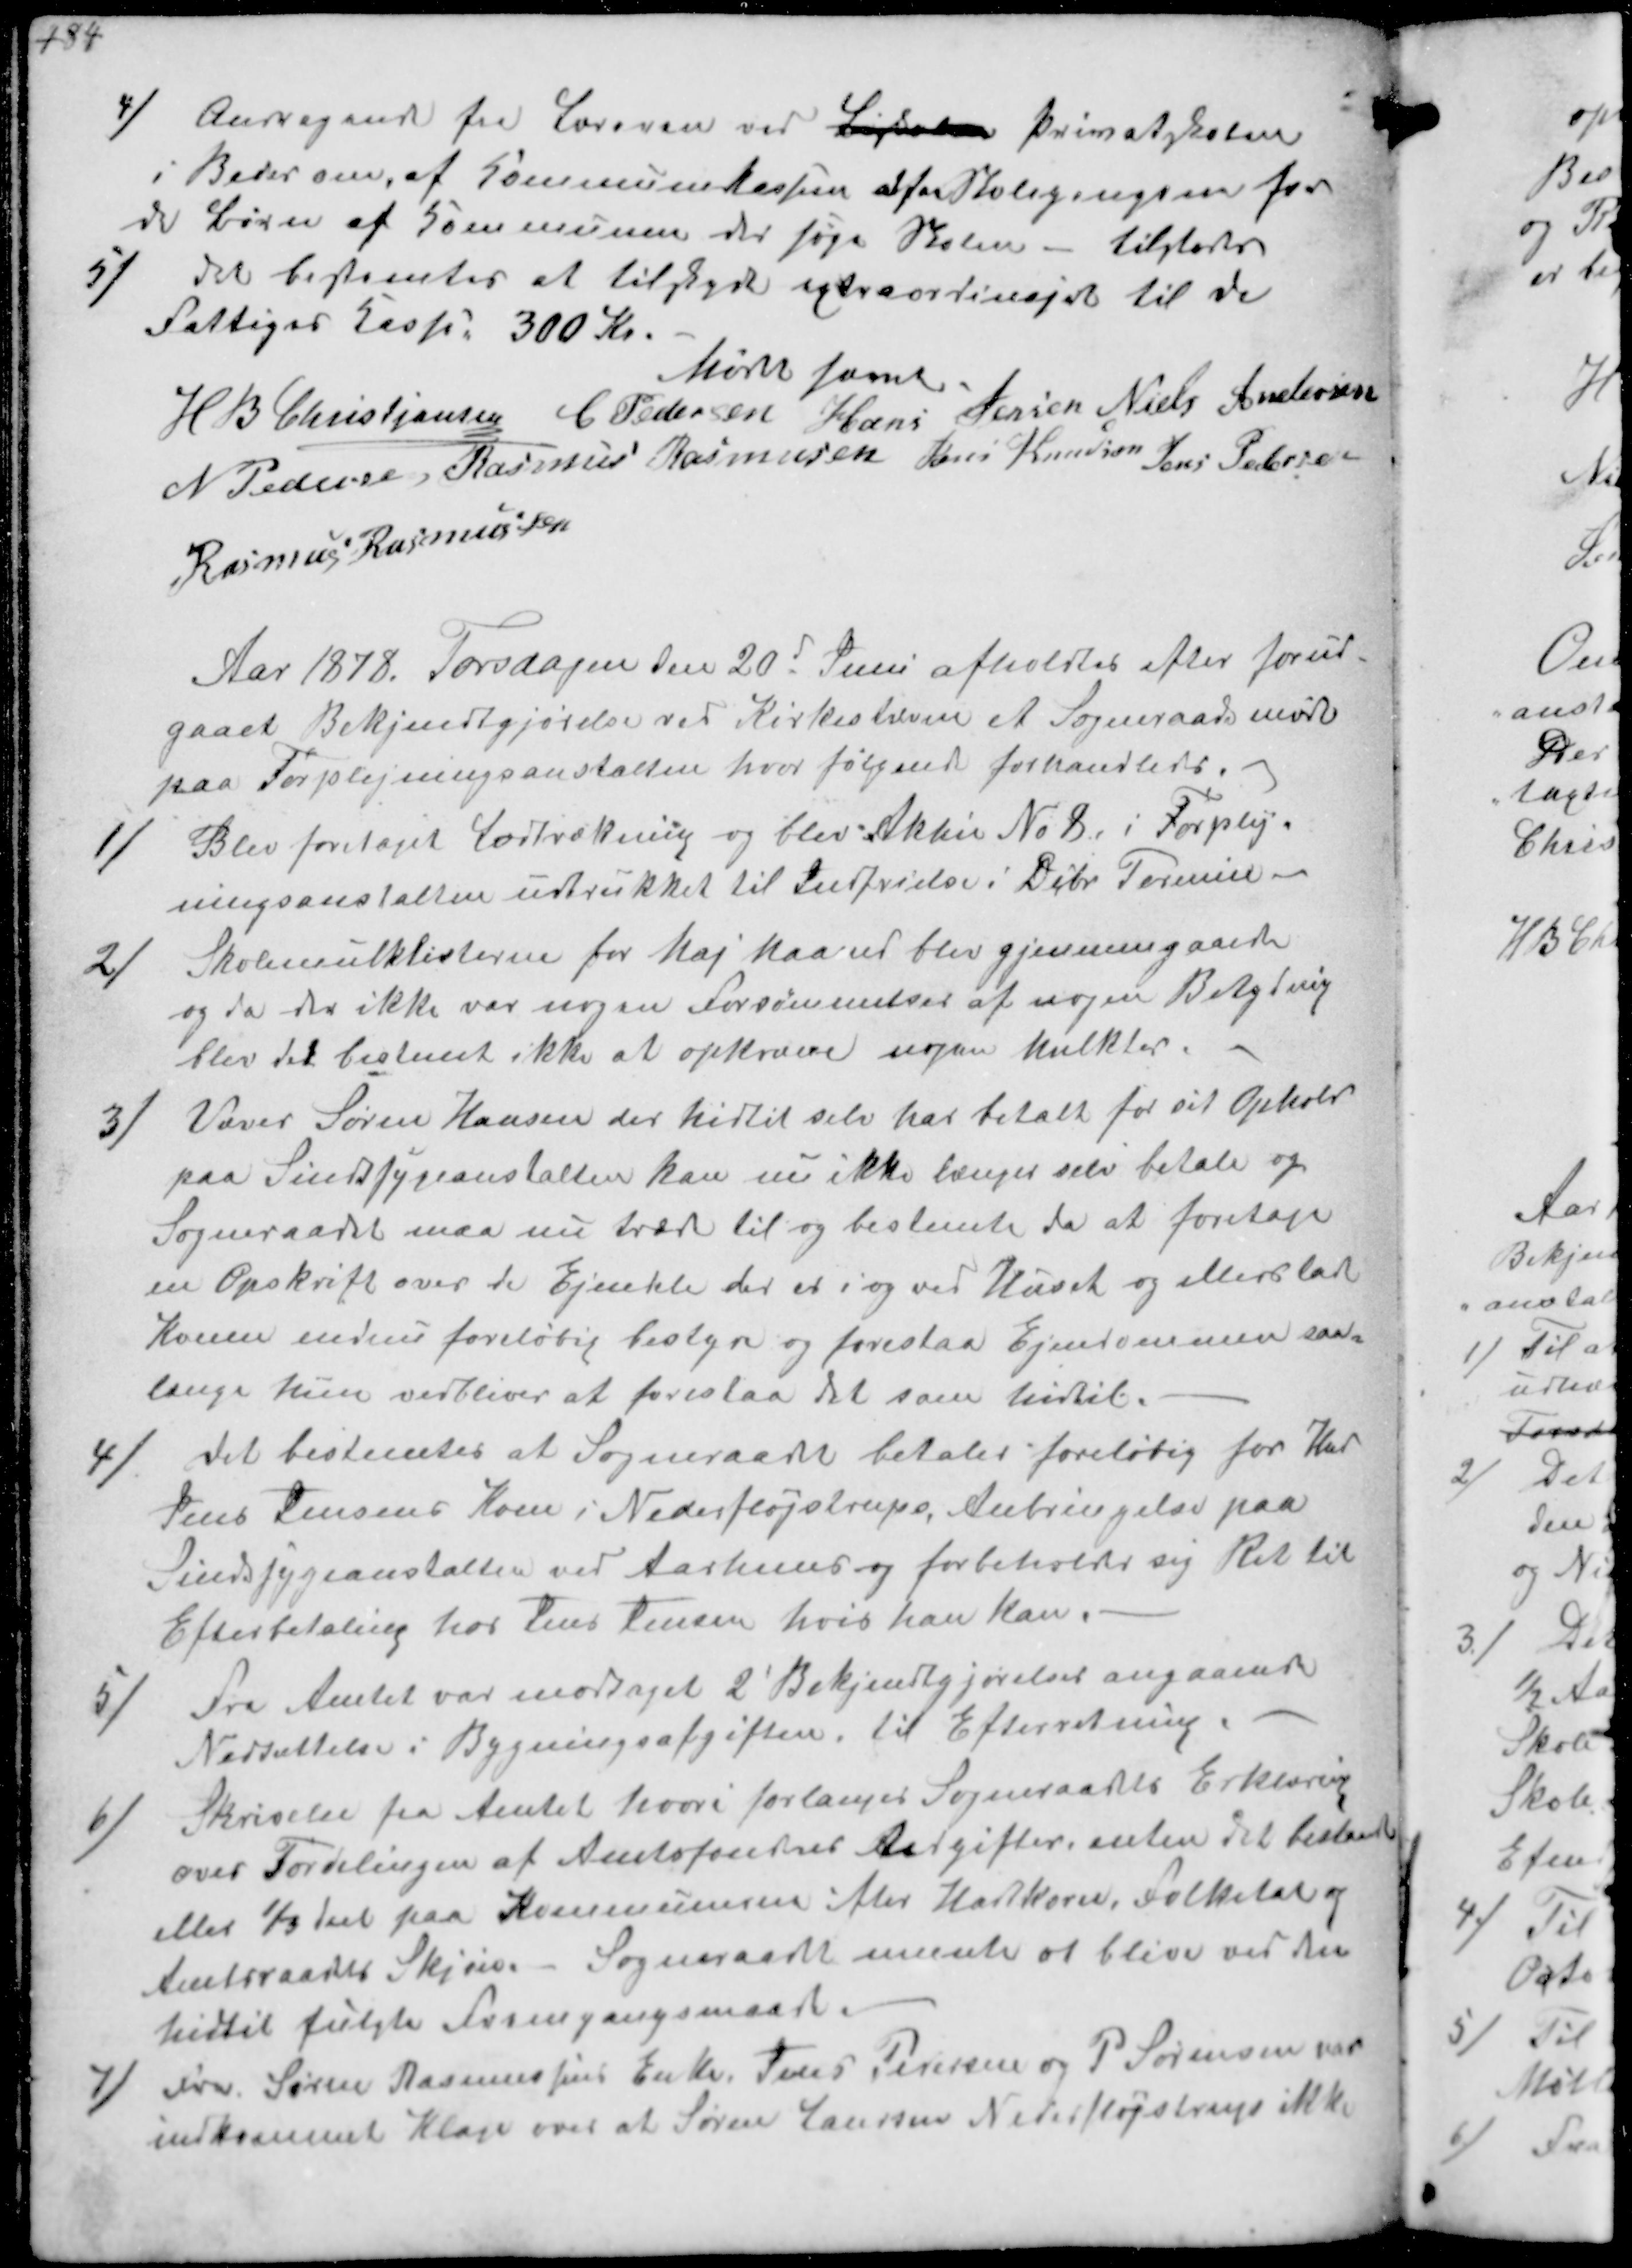
Transskription:
4/
Andragende fra Læreren ved Privatskolen
i Beder om af Kommunekassen at faa Skolepengene for
de Børn af Kommunen der søge Skolen - tilstodes
5/
det bestemtes at tilskyde extraordinejrt til de
Fattiges Kasse 300 Kr.
Mødet hævet
H B Christjansen C Pedersen Hans Jensen Niels Andersen
N Pedersen Rasmus Rasmussen Jens Knudsen Jens Petersen
Rasmus Rasmussen

Aar 1878. Torsdagen den 20d Juni afholdtes efter forud-
gaaet Bekjendtgjørelse ved Kirkestævne et Sogneraadsmøde
paa Forplejningsanstalten hvor følgende forhandledes
1/
Blev foretaget Lodtrækning og blev Aktie No 8 i Forplej-
ningsanstalten udtrukket til Indfrielse i Dcbr. Termin
2/
Skolemulklisterne for Maj kan blev gjennemgaaede
og da der ikke var nogen Forsømmelser af nogen Betydning
blev det bestemt ikke at opkræve nogen Mulkter.
3/
Væver Søren Hansen der hidtil selv har betalt for sit Ophold
paa Sindsygeanstalten kan nu ikke længer selv betale og
Sogneraadet maa nu træde til og bestemte da at foretage
en Opskrift over de Ejendele der er i og ved Huset og ellers lade
Konen endnu foreløbig bestyre og forestaa Ejendommen saa-
længe hun vedbliver at foreslaa det som hidtil.
4/
det bestemtes at Sogneraadet betales foreløbig for Kar
Jens Jensens Kone i Nederfløjstrup, Anbringelse paa
Sindssygeanstalten ved Aarhuus og forbeholder sig Ret til
Efterbetaling hos Jens Jensen hvis han kan
5/
Fra Amtet var modtaget 2' Bekjendtgjørelse angaaende
Nedsættelse i Bygningsafgiften til Efterretning.
6/
Skrivelse fra Amtet hvori forlanges Sogneraadets Erklæring
over Fordelingen af Amtsfonde Udgifter enten til bestaande
eller 1/3 til paa Kommunen efter Hartkorn, Folketal og
Amtsraadets Skjøn. Sogneraadet mente at blive ved en
hidtil fulgte Fremgangsmaade.
7/
Fra Søren Rasmussens Enke Jens Pedersen og P Sørensen
indkommet Klage over at Søren Laursen Nederfløjstrup ikke